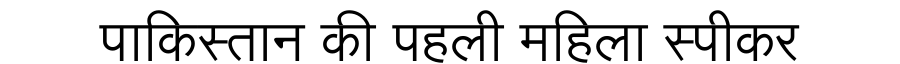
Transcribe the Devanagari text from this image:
पाकिस्तान की पहली महिला स्पीकर